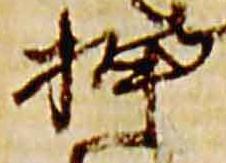
押